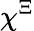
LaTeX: \chi^{\Xi}